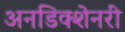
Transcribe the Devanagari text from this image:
अनडिक्शेनरी